Dysentery and liver abscess in Bombay - Number 47
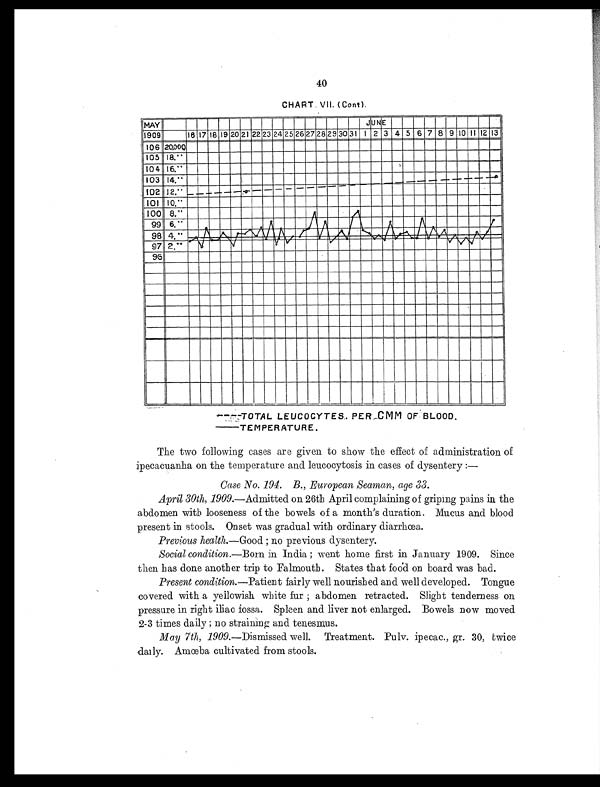
40
CHART. VII. (Cont).
The two following cases are given to show the effect of administration of
ipecacuanha on the temperature and leucocytosis in cases of dysentery : —
Case No. 194. B., European Seaman, age 33.
April 30th, 1909.—Admitted on 26th April complaining of griping pains in the
abdomen with looseness of the bowels of a month's duration. Mucus and blood
present in stools. Onset was gradual with ordinary diarrhœa.
Previous health.—Good ; no previous dysentery.
Social condition.—Born in India ; went home first in January 1909. Since
then has done another trip to Falmouth. States that food on board was bad.
Present condition.—Patient fairly well nourished and well developed. Tongue
covered with a yellowish white fur ; abdomen retracted. Slight tenderness on
pressure in right iliac fossa. Spleen and liver not enlarged. Bowels now moved
2-3 times daily ; no straining and tenesmus.
May 7th, 1909. —Dismissed well. Treatment. Pulv. ipecac., gr. 30, twice
daily. Amœba cultivated from stools.